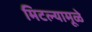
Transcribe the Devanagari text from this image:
मिटल्यामूळे